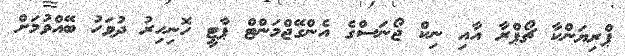
ޕްރިޔަންކާ ޗޯޕްރާ އާއި ނިކް ޖޯނަސްގެ އެންގޭޖްމަންޓް ޕާޓީ ހޮނިހިރު ދުވަހު ބޭއްވުމަށް